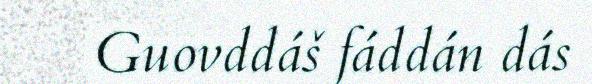
Guovddáš fáddán dás